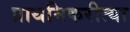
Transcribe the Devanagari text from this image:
प्राथमिकरीत्या